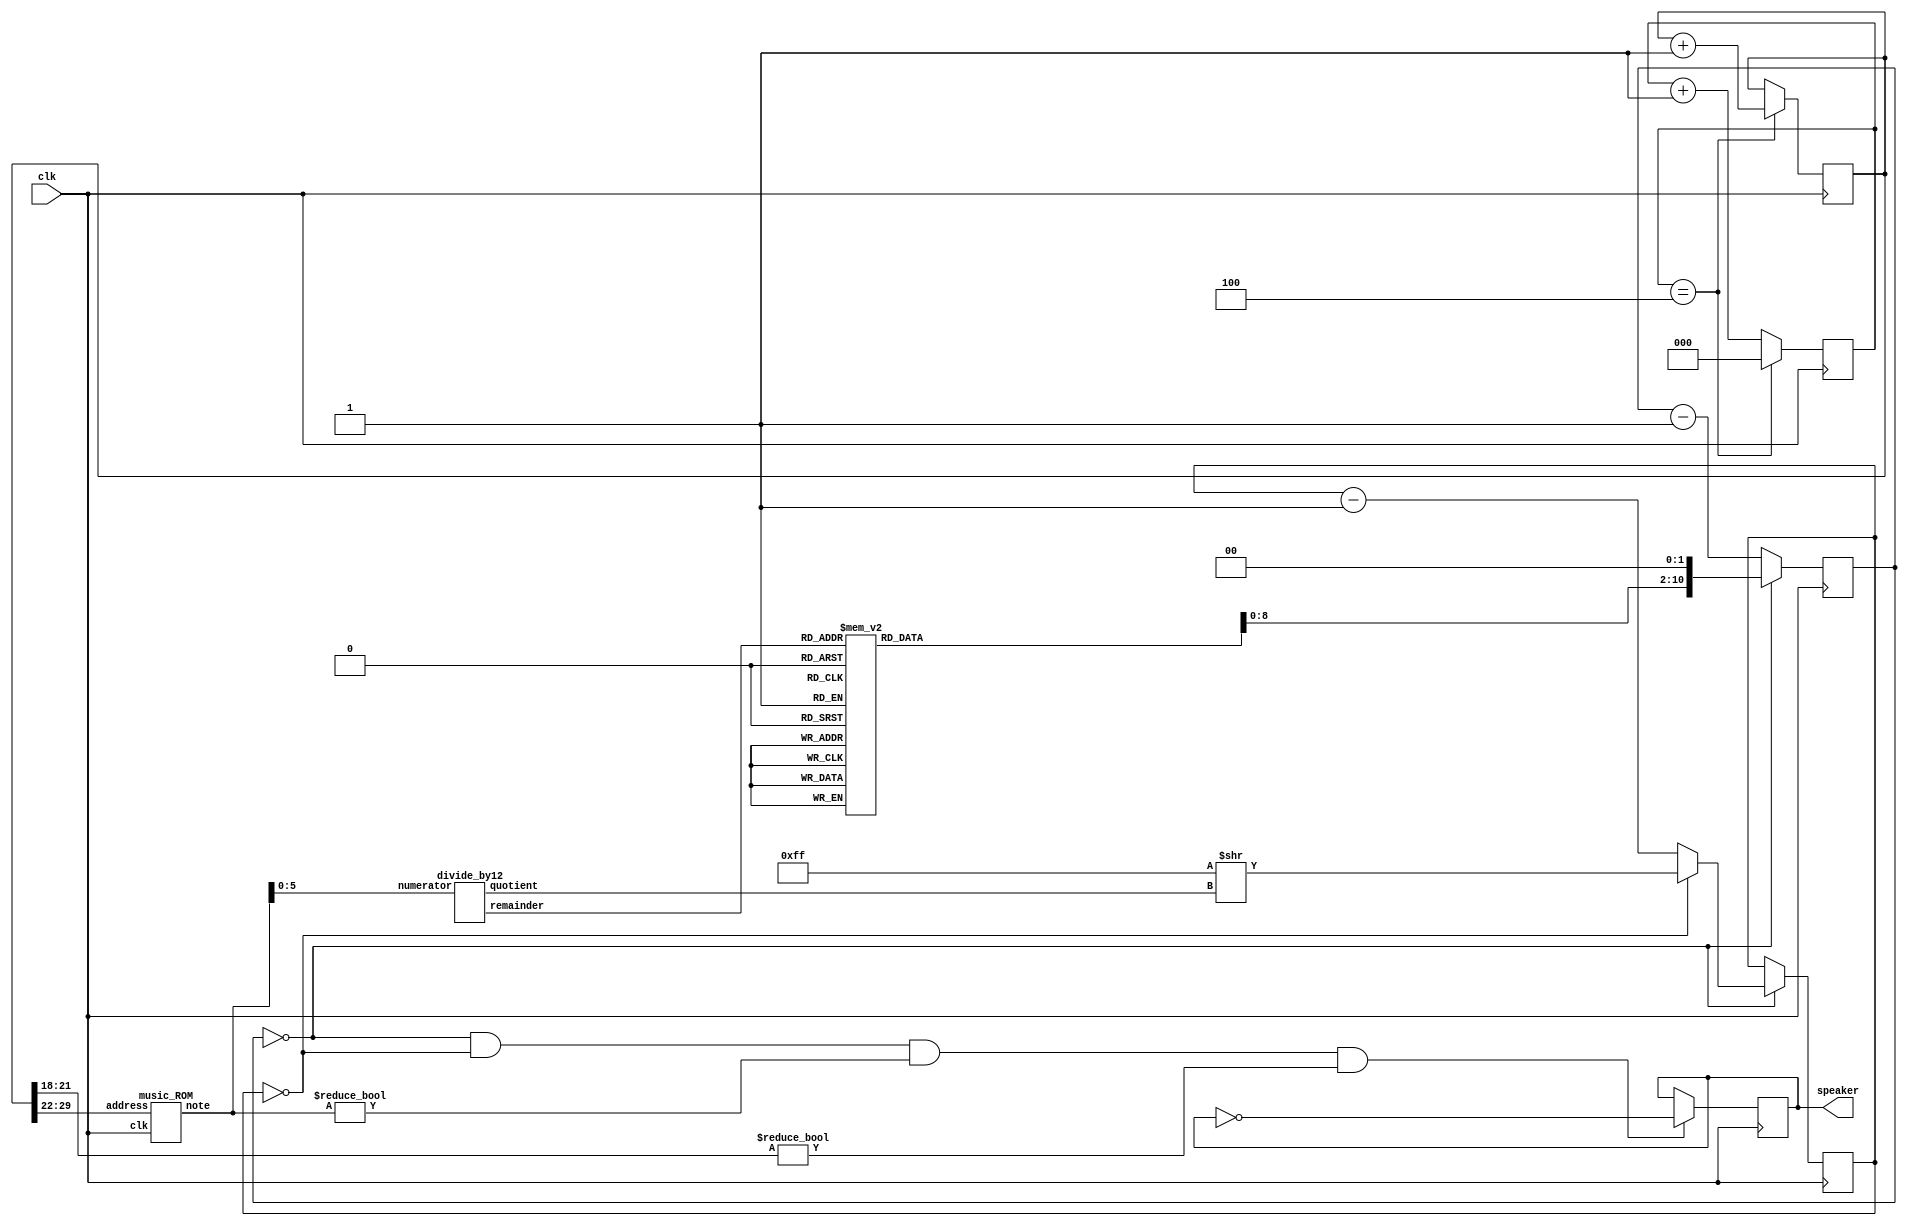
// Music demo verilog file
// (c) fpga4fun.com 2003-2015

// Plays a little tune on a speaker
// Use a 25MHz clock if possible (other frequencies will 
// change the pitch/speed of the song)

/////////////////////////////////////////////////////
module music(
	input clk,
	output reg speaker
);

reg [30:0] tone;
reg [2:0] p0 = 0;

always @(posedge clk) 
begin
  p0 <= p0 + 1;
  if (p0 == 4)
  begin
    p0 <= 0;
    tone <= tone+31'd1;
  end
end

wire [7:0] fullnote;
music_ROM get_fullnote(.clk(clk), .address(tone[29:22]), .note(fullnote));

wire [2:0] octave;
wire [3:0] note;
divide_by12 get_octave_and_note(.numerator(fullnote[5:0]), .quotient(octave), .remainder(note));

reg [10:0] clkdivider;
always @*
begin
  case(note)
	 0: clkdivider = 9'd511;//A
	 1: clkdivider = 9'd482;// A#/Bb
	 2: clkdivider = 9'd455;//B
	 3: clkdivider = 9'd430;//C
	 4: clkdivider = 9'd405;// C#/Db
	 5: clkdivider = 9'd383;//D
	 6: clkdivider = 9'd361;// D#/Eb
	 7: clkdivider = 9'd341;//E
	 8: clkdivider = 9'd322;//F
	 9: clkdivider = 9'd303;// F#/Gb
	10: clkdivider = 9'd286;//G
	11: clkdivider = 9'd270;// G#/Ab
	default: clkdivider = 9'd0;
  endcase
  clkdivider <= clkdivider << 2;
end

reg [10:0] counter_note;
reg [9:0] counter_octave;
always @(posedge clk) counter_note <= counter_note==0 ? clkdivider : counter_note-11'd1;
always @(posedge clk) if(counter_note==0) counter_octave <= counter_octave==0 ? 10'd255 >> octave : counter_octave-10'd1;
always @(posedge clk) if(counter_note==0 && counter_octave==0 && fullnote!=0 && tone[21:18]!=0) speaker <= ~speaker;
endmodule


/////////////////////////////////////////////////////
module divide_by12(
	input [5:0] numerator,  // value to be divided by 12
	output reg [2:0] quotient, 
	output [3:0] remainder
);

reg [1:0] remainder3to2;
always @(numerator[5:2])
case(numerator[5:2])
	 0: begin quotient=0; remainder3to2=0; end
	 1: begin quotient=0; remainder3to2=1; end
	 2: begin quotient=0; remainder3to2=2; end
	 3: begin quotient=1; remainder3to2=0; end
	 4: begin quotient=1; remainder3to2=1; end
	 5: begin quotient=1; remainder3to2=2; end
	 6: begin quotient=2; remainder3to2=0; end
	 7: begin quotient=2; remainder3to2=1; end
	 8: begin quotient=2; remainder3to2=2; end
	 9: begin quotient=3; remainder3to2=0; end
	10: begin quotient=3; remainder3to2=1; end
	11: begin quotient=3; remainder3to2=2; end
	12: begin quotient=4; remainder3to2=0; end
	13: begin quotient=4; remainder3to2=1; end
	14: begin quotient=4; remainder3to2=2; end
	15: begin quotient=5; remainder3to2=0; end
endcase

assign remainder[1:0] = numerator[1:0];  // the first 2 bits are copied through
assign remainder[3:2] = remainder3to2;  // and the last 2 bits come from the case statement
endmodule
/////////////////////////////////////////////////////


module music_ROM(
	input clk,
	input [7:0] address,
	output reg [7:0] note
);

always @(posedge clk)
case(address)
	  0: note<= 8'd25;
	  1: note<= 8'd27;
	  2: note<= 8'd27;
	  3: note<= 8'd25;
	  4: note<= 8'd22;
	  5: note<= 8'd22;
	  6: note<= 8'd30;
	  7: note<= 8'd30;
	  8: note<= 8'd27;
	  9: note<= 8'd27;
	 10: note<= 8'd25;
	 11: note<= 8'd25;
	 12: note<= 8'd25;
	 13: note<= 8'd25;
	 14: note<= 8'd25;
	 15: note<= 8'd25;
	 16: note<= 8'd25;
	 17: note<= 8'd27;
	 18: note<= 8'd25;
	 19: note<= 8'd27;
	 20: note<= 8'd25;
	 21: note<= 8'd25;
	 22: note<= 8'd30;
	 23: note<= 8'd30;
	 24: note<= 8'd29;
	 25: note<= 8'd29;
	 26: note<= 8'd29;
	 27: note<= 8'd29;
	 28: note<= 8'd29;
	 29: note<= 8'd29;
	 30: note<= 8'd29;
	 31: note<= 8'd29;
	 32: note<= 8'd23;
	 33: note<= 8'd25;
	 34: note<= 8'd25;
	 35: note<= 8'd23;
	 36: note<= 8'd20;
	 37: note<= 8'd20;
	 38: note<= 8'd29;
	 39: note<= 8'd29;
	 40: note<= 8'd27;
	 41: note<= 8'd27;
	 42: note<= 8'd25;
	 43: note<= 8'd25;
	 44: note<= 8'd25;
	 45: note<= 8'd25;
	 46: note<= 8'd25;
	 47: note<= 8'd25;
	 48: note<= 8'd25;
	 49: note<= 8'd27;
	 50: note<= 8'd25;
	 51: note<= 8'd27;
	 52: note<= 8'd25;
	 53: note<= 8'd25;
	 54: note<= 8'd27;
	 55: note<= 8'd27;
	 56: note<= 8'd22;
	 57: note<= 8'd22;
	 58: note<= 8'd22;
	 59: note<= 8'd22;
	 60: note<= 8'd22;
	 61: note<= 8'd22;
	 62: note<= 8'd22;
	 63: note<= 8'd22;
	 64: note<= 8'd25;
	 65: note<= 8'd27;
	 66: note<= 8'd27;
	 67: note<= 8'd25;
	 68: note<= 8'd22;
	 69: note<= 8'd22;
	 70: note<= 8'd30;
	 71: note<= 8'd30;
	 72: note<= 8'd27;
	 73: note<= 8'd27;
	 74: note<= 8'd25;
	 75: note<= 8'd25;
	 76: note<= 8'd25;
	 77: note<= 8'd25;
	 78: note<= 8'd25;
	 79: note<= 8'd25;
	 80: note<= 8'd25;
	 81: note<= 8'd27;
	 82: note<= 8'd25;
	 83: note<= 8'd27;
	 84: note<= 8'd25;
	 85: note<= 8'd25;
	 86: note<= 8'd30;
	 87: note<= 8'd30;
	 88: note<= 8'd29;
	 89: note<= 8'd29;
	 90: note<= 8'd29;
	 91: note<= 8'd29;
	 92: note<= 8'd29;
	 93: note<= 8'd29;
	 94: note<= 8'd29;
	 95: note<= 8'd29;
	 96: note<= 8'd23;
	 97: note<= 8'd25;
	 98: note<= 8'd25;
	 99: note<= 8'd23;
	100: note<= 8'd20;
	101: note<= 8'd20;
	102: note<= 8'd29;
	103: note<= 8'd29;
	104: note<= 8'd27;
	105: note<= 8'd27;
	106: note<= 8'd25;
	107: note<= 8'd25;
	108: note<= 8'd25;
	109: note<= 8'd25;
	110: note<= 8'd25;
	111: note<= 8'd25;
	112: note<= 8'd25;
	113: note<= 8'd27;
	114: note<= 8'd25;
	115: note<= 8'd27;
	116: note<= 8'd25;
	117: note<= 8'd25;
	118: note<= 8'd32;
	119: note<= 8'd32;
	120: note<= 8'd30;
	121: note<= 8'd30;
	122: note<= 8'd30;
	123: note<= 8'd30;
	124: note<= 8'd30;
	125: note<= 8'd30;
	126: note<= 8'd30;
	127: note<= 8'd30;
	128: note<= 8'd27;
	129: note<= 8'd27;
	130: note<= 8'd27;
	131: note<= 8'd27;
	132: note<= 8'd30;
	133: note<= 8'd30;
	134: note<= 8'd30;
	135: note<= 8'd27;
	136: note<= 8'd25;
	137: note<= 8'd25;
	138: note<= 8'd22;
	139: note<= 8'd22;
	140: note<= 8'd25;
	141: note<= 8'd25;
	142: note<= 8'd25;
	143: note<= 8'd25;
	144: note<= 8'd23;
	145: note<= 8'd23;
	146: note<= 8'd27;
	147: note<= 8'd27;
	148: note<= 8'd25;
	149: note<= 8'd25;
	150: note<= 8'd23;
	151: note<= 8'd23;
	152: note<= 8'd22;
	153: note<= 8'd22;
	154: note<= 8'd22;
	155: note<= 8'd22;
	156: note<= 8'd22;
	157: note<= 8'd22;
	158: note<= 8'd22;
	159: note<= 8'd22;
	160: note<= 8'd20;
	161: note<= 8'd20;
	162: note<= 8'd22;
	163: note<= 8'd22;
	164: note<= 8'd25;
	165: note<= 8'd25;
	166: note<= 8'd27;
	167: note<= 8'd27;
	168: note<= 8'd29;
	169: note<= 8'd29;
	170: note<= 8'd29;
	171: note<= 8'd29;
	172: note<= 8'd29;
	173: note<= 8'd29;
	174: note<= 8'd29;
	175: note<= 8'd29;
	176: note<= 8'd30;
	177: note<= 8'd30;
	178: note<= 8'd30;
	179: note<= 8'd30;
	180: note<= 8'd29;
	181: note<= 8'd29;
	182: note<= 8'd27;
	183: note<= 8'd27;
	184: note<= 8'd25;
	185: note<= 8'd25;
	186: note<= 8'd23;
	187: note<= 8'd20;
	188: note<= 8'd20;
	189: note<= 8'd20;
	190: note<= 8'd20;
	191: note<= 8'd20;
	192: note<= 8'd25;
	193: note<= 8'd27;
	194: note<= 8'd27;
	195: note<= 8'd25;
	196: note<= 8'd22;
	197: note<= 8'd22;
	198: note<= 8'd30;
	199: note<= 8'd30;
	200: note<= 8'd27;
	201: note<= 8'd27;
	202: note<= 8'd25;
	203: note<= 8'd25;
	204: note<= 8'd25;
	205: note<= 8'd25;
	206: note<= 8'd25;
	207: note<= 8'd25;
	208: note<= 8'd25;
	209: note<= 8'd27;
	210: note<= 8'd25;
	211: note<= 8'd27;
	212: note<= 8'd25;
	213: note<= 8'd25;
	214: note<= 8'd30;
	215: note<= 8'd30;
	216: note<= 8'd29;
	217: note<= 8'd29;
	218: note<= 8'd29;
	219: note<= 8'd29;
	220: note<= 8'd29;
	221: note<= 8'd29;
	222: note<= 8'd29;
	223: note<= 8'd29;
	224: note<= 8'd23;
	225: note<= 8'd25;
	226: note<= 8'd25;
	227: note<= 8'd23;
	228: note<= 8'd20;
	229: note<= 8'd20;
	230: note<= 8'd29;
	231: note<= 8'd29;
	232: note<= 8'd27;
	233: note<= 8'd27;
	234: note<= 8'd25;
	235: note<= 8'd25;
	236: note<= 8'd25;
	237: note<= 8'd25;
	238: note<= 8'd25;
	239: note<= 8'd25;
	240: note<= 8'd25;
	241: note<= 8'd0;
	242: note<= 8'd00;
	default: note <= 8'd0;
endcase
endmodule

/////////////////////////////////////////////////////